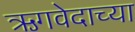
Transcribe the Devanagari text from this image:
ऋगवेदाच्या